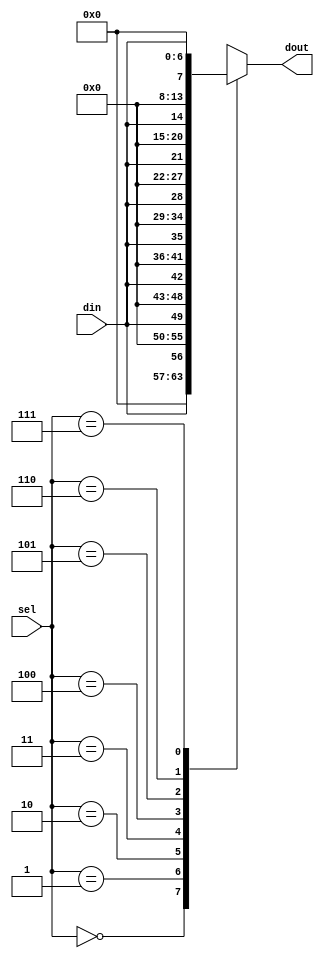
module demux_4_to_8(input din, input [2:0]sel, output reg[7:0]dout);
	always @(sel)
		begin
			case(sel)
				3'b000:  dout = {7'b0000000, din};
				3'b001:  dout = {6'b000000, din, 1'b0};
				3'b010:  dout = {5'b00000, din, 2'b00};
				3'b011:  dout = {4'b0000, din, 3'b000};
				3'b100:  dout = {3'b000, din, 4'b0000};
				3'b101:  dout = {2'b00, din, 5'b00000};
				3'b110:  dout = {1'b0, din, 6'b000000};
				3'b111:  dout = {din, 7'b0000000};
				default: dout = 8'b00000000;
			endcase
		end
endmodule